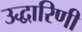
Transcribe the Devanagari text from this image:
उद्धारिणी